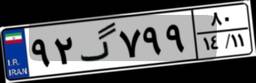
۹۲گ۷۹۹۸۰